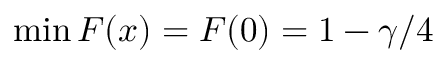
\operatorname* { m i n } F ( x ) = F ( 0 ) = 1 - \gamma / 4